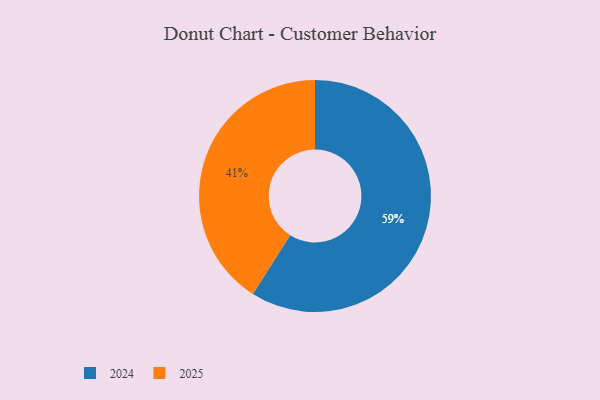
{"axis": {"x": "Category", "y": "Percentage"}, "legend": ["2024", "2025"], "data": [{"x": "2024", "y": 59, "type": "2024"}, {"x": "2025", "y": 41, "type": "2025"}]}